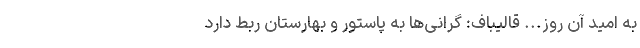
به امید آن روز... قالیباف: گرانی‌ها به پاستور و بهارستان ربط دارد